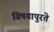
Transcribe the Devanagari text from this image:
विषयापुरते